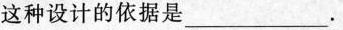
这种设计的依据是___.